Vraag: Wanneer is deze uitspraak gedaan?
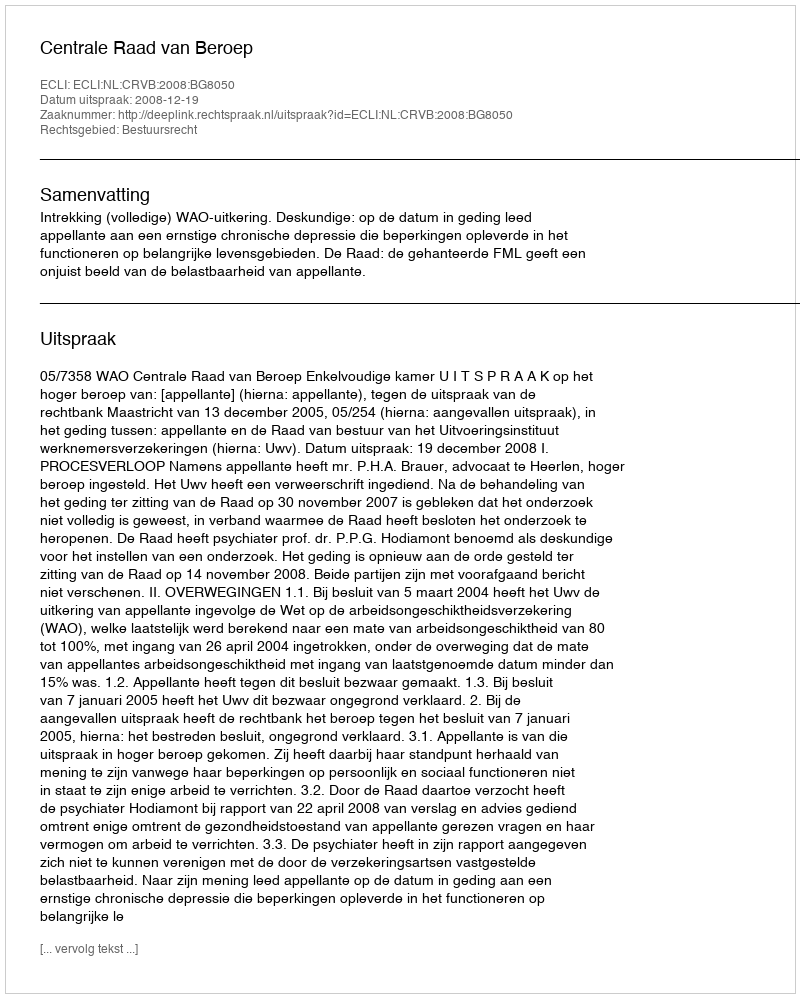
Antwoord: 2008-12-19